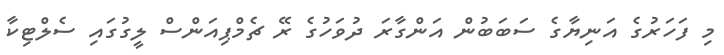
މި ފަހަރުގެ އަނިޔާގެ ސަބަބުން އަންގާރަ ދުވަހުގެ ރޭ ޗެމްޕިއަންސް ލީގުގައި ސެލްޓިކާ